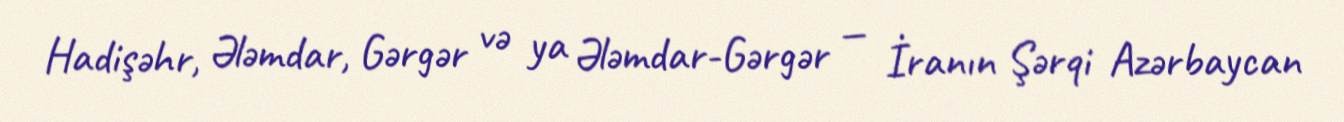
Hadişəhr, Ələmdar, Gərgər və ya Ələmdar-Gərgər — İranın Şərqi Azərbaycan